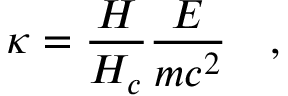
\kappa = \frac { H } { H _ { c } } \frac { E } { m c ^ { 2 } } \quad ,